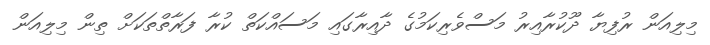
މިލިއަން ރުފިޔާ ދޫކުރާއިރު މަސްވެރިކަމުގެ ދާއިރާގައި މަސައްކަތް ކުރާ ފަރާތްތަކަށް ތިން މިލިއަން